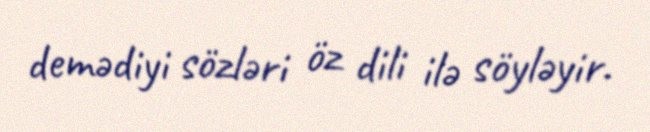
demədiyi sözləri öz dili ilə söyləyir.